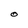
Character: O